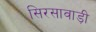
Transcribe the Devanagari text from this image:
सिरसावाड़ी